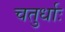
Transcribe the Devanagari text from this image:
चतुर्धाः